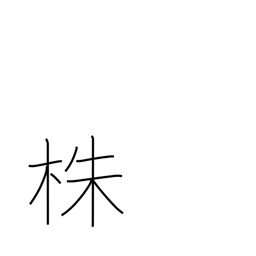
Meaning: stump